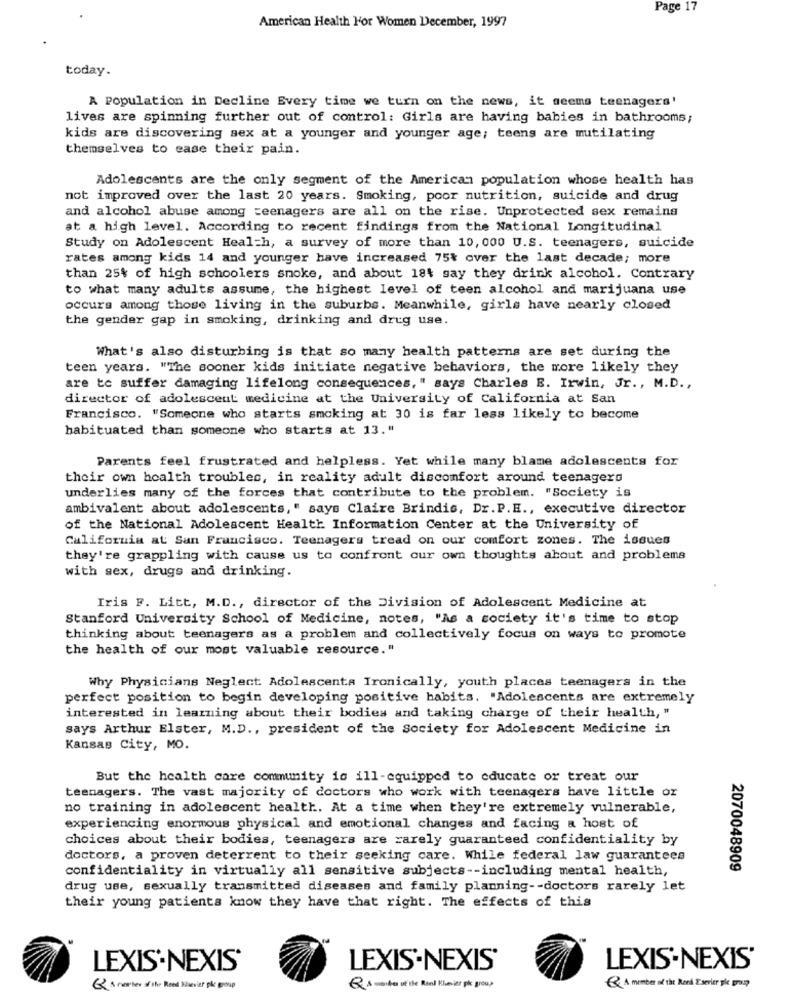
Page 17
American Health For Women December, 1997
today.
A Population in Decline Every time we turn on the news, it seems teenagers'
lives are spinning further out of control: Girls are having babies in bathrooms;
kids are discovering sex at a younger and younger age; teens are mutilating
themselves to ease their pain.
Adolescents are the only segment of the American population whose health has
not improved over the last 20 years. Smoking, poor nutrition, suicide and drug
and alcohol abuse among teenagers are all on the rise. Unprotected sex remains
at a high level. According to recent findings from the National Longitudinal
Study on Adolescent Health, a survey of more than 10, 000 U.S. teenagers, suicide
rates among kids 14 and younger have increased 75% over the last decade; more
than 25% of high schoolers smoke, and about 184 say they drink alcohol. Contrary
to what many adults assume, the highest level of teen alcohol and marijuana use
occurs among those living in the suburbs. Meanwhile, girls have nearly closed
the gender gap in smoking, drinking and drug use.
What's also disturbing is that so many health patterns are set during the
teen years. "The sooner kids initiate negative behaviors, the more likely they
are te suffer damaging lifelong consequences," says Charles E. Irwin, Jr ., M.D .,
director of adolescent medicine at the University of California at San
Francisco. "Someone who starts smoking at 30 is far less likely to become
habituated than someone who starts at 13."
Parents feel frustrated and helpless. Yet while many blame adolescents for
their own health troubles, in reality adult discomfort around teenagers
underlies many of the forces that contribute to the problem. "Society is
ambivalent about adolescents," says Claire Brindis, Dr. P.E ., executive director
of the National Adolescent Health Information Center at the University of
California at San Francisco. Teenagers tread on our comfort zones. The issues
they're grappling with cause us to confront our own thoughts about and problems
with sex, drugs and drinking.
Iris F. Litt, M.D ., director of the Division of Adolescent Medicine at
Stanford University School of Medicine, notes, "As a society it's time to stop
thinking about teenagers as a problem and collectively focus on ways to promote
the health of our most valuable resource."
Why Physicians Neglect Adolescenta Ironically, youth places teenagers in the
perfect position to begin developing positive habits. "Adolescents are extremely
interested in learning about their bodies and taking charge of their health, "
says Arthur Elster, M.D ., president of the Society for Adolescent Medicine in
Kansas City, MO.
But the health care community is ill-equipped to educate or treat our
teenagers. The vast majority of doctors who work with teenagers have little or
no training in adolescent health. At a time when they're extremely vulnerable,
experiencing enormous physical and emotional changes and facing a host of
choices about their bodies, teenagers are rarely guaranteed confidentiality by
doctors, a proven deterrent to their seeking care. While federal law guarantees
confidentiality in virtually all sensitive subjects -- including mental health,
2070048909
drug use, sexually transmitted diseases and family planning -- doctors rarely let
their young patients know they have that right. The effects of this
LEXIS'NEXIS'
LEXIS'NEXIS'
LEXIS-NEXIS'
Q s reacher ofthe Road Bikevier gikk group
Q State of the Road Pleier pk group
Q A member of the Road Esevier ple group